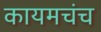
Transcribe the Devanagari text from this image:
कायमचंच